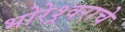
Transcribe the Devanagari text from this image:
भोरेश्र्वराचे